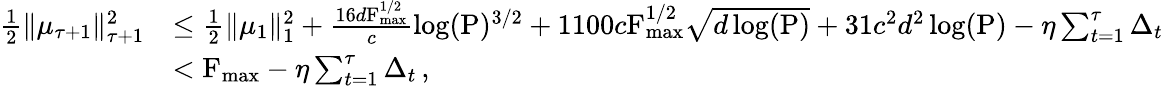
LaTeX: \begin{array}{rl}{\frac{1}{2}\Vert\mu_{\tau+1}\Vert_{\tau+1}^{2}}&{\leq\frac{1}{2}\Vert\mu_{1}\Vert_{1}^{2}+\frac{16d\textrm{F}_{\operatorname*{max}}^{1/2}}{c}\log(\textrm{P})^{3/2}+1100c\textrm{F}_{\operatorname*{max}}^{1/2}\sqrt{d\log(\textrm{P})}+31c^{2}d^{2}\log(\textrm{P})-\eta\sum_{t=1}^{\tau}\Delta_{t}}\\ &{<\textrm{F}_{\operatorname*{max}}-\eta\sum_{t=1}^{\tau}\Delta_{t}\, ,}\end{array}